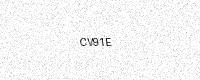
Text: CV91E